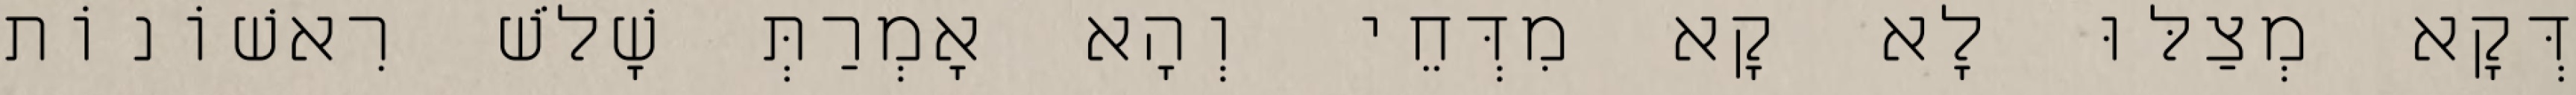
דְּקָא מְצַלּוּ לָא קָא מִדְּחֵי וְהָא אָמְרַתְּ שָׁלֹשׁ רִאשׁוֹנוֹת